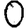
Digit: 0